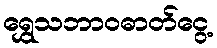
ရွှေသဘာဝဓာတ်ငွေ့